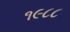
૧૯૮૮